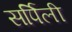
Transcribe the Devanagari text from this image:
सर्पिली